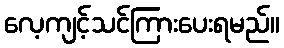
လေ့ကျင့်သင်ကြားပေးရမည်။